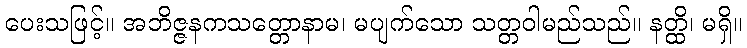
ပေးသဖြင့်။ အဘိဇ္ဇနကသတ္တောနာမ၊ မပျက်သော သတ္တဝါမည်သည်။ နတ္ထိ၊ မရှိ။